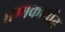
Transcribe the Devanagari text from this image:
धम्मकार्यात